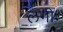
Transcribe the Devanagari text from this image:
लगीः